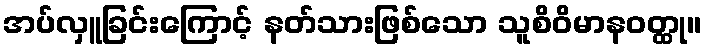
အပ်လှူခြင်းကြောင့် နတ်သားဖြစ်သော သူစိဝိမာနဝတ္ထု။